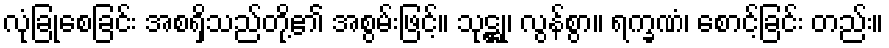
လုံခြုံစေခြင်း အစရှိသည်တို့၏ အစွမ်းဖြင့်။ သုဋ္ဌု၊ လွန်စွာ။ ရက္ခဏံ၊ စောင့်ခြင်း တည်း။